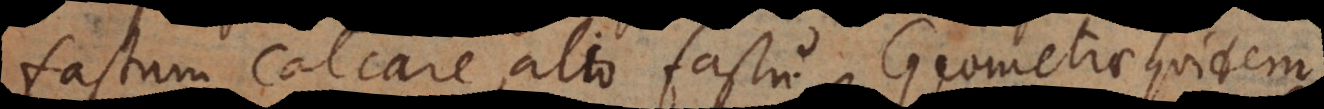
fastum calcare alio fastu. Geometrae quidem